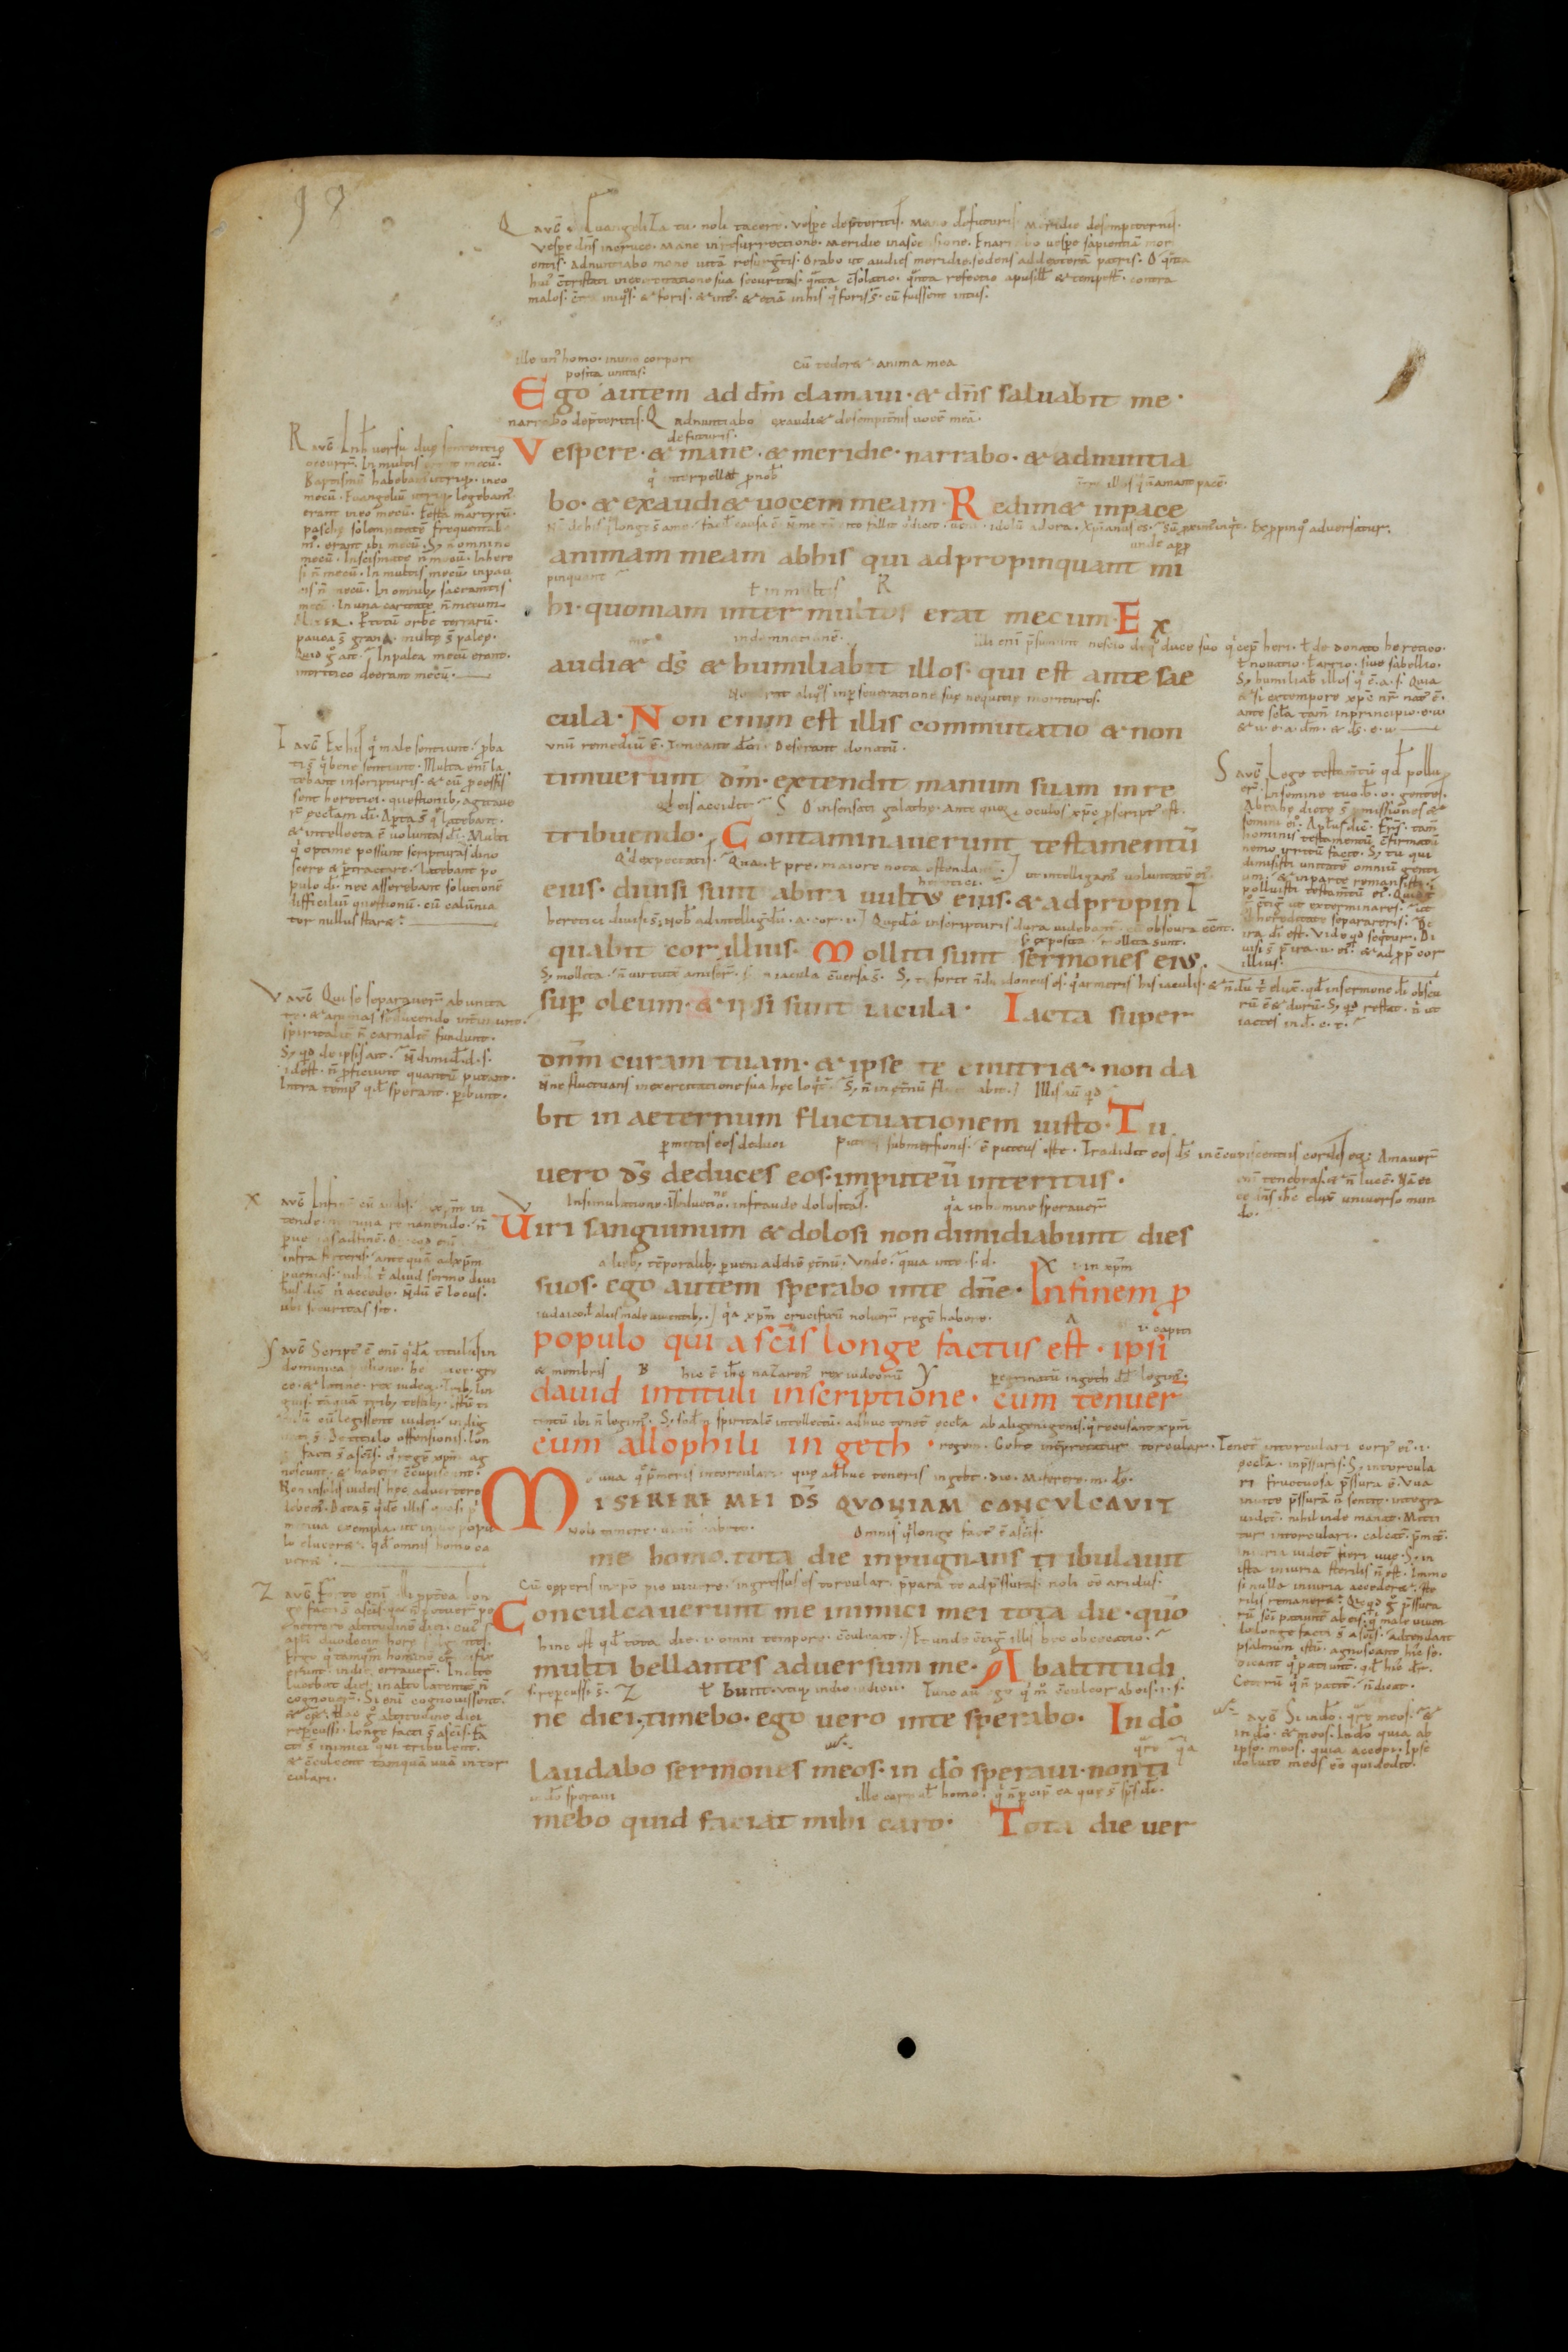
Shelfmark: St. Gallen, Stiftsbibliothek, Cod. Sang. 18
Century: 10